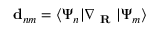
\mathbf { d } _ { n m } = \langle \Psi _ { n } | \nabla _ { \textbf { R } } | \Psi _ { m } \rangle